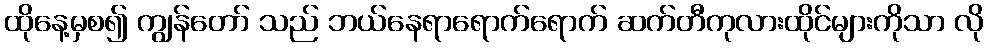
ထိုနေ့မှစ၍ ကျွန်တော် သည် ဘယ်နေရာရောက်ရောက် ဆက်တီကုလားထိုင်များကိုသာ လို